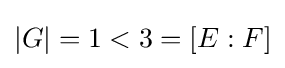
|G|=1<3=[E:F]